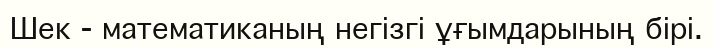
Шек - математиканың негізгі ұғымдарының бірі.